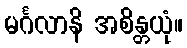
မင်္ဂလာနိ အစိန္တယုံ။